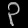
Digit: ၃